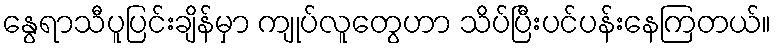
နွေရာသီပူပြင်းချိန်မှာ ကျုပ်လူတွေဟာ သိပ်ပြီးပင်ပန်းနေကြတယ်။